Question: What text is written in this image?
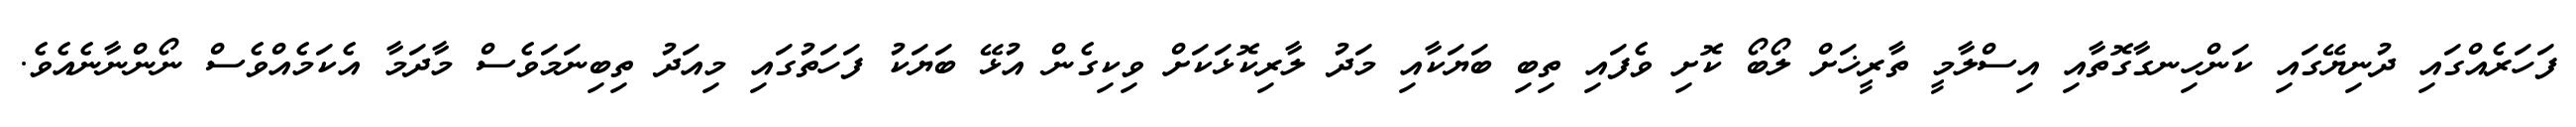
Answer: ފަހަރެއްގައި ދުނިޔޭގައި ކަންހިނގާގޮތާއި އިސްލާމީ ތާރީޚަށް ލޯބޯ ކޮށި ވެފައި ތިބި ބަޔަކާއި މަދު ލާރިކޮޅަކަށް ވިކިގެން އުޅޭ ބަޔަކު ފަހަތުގައި މިއަދު ތިބިނަމަވެސް މާދަމާ އެކަމެއްވެސް ނޯންނާނެއެވެ.